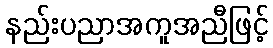
နည်းပညာအကူအညီဖြင့်